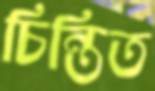
চিন্তিত